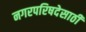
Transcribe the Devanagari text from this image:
नगरपरिषदेसाठी